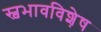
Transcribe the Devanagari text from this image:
स्वभावविशे़ष